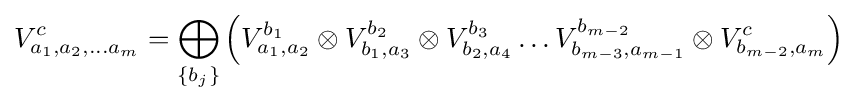
V_{a_{1},a_{2},\ldots a_{m}}^{c}=\bigoplus _{\lbrace b_{j}\rbrace }\left(V_{a_{1},a_{2}}^{b_{1}}\otimes V_{b_{1},a_{3}}^{b_{2}}\otimes V_{b_{2},a_{4}}^{b_{3}}\ldots V_{b_{m-3},a_{m-1}}^{b_{m-2}}\otimes V_{b_{m-2},a_{m}}^{c}\right)